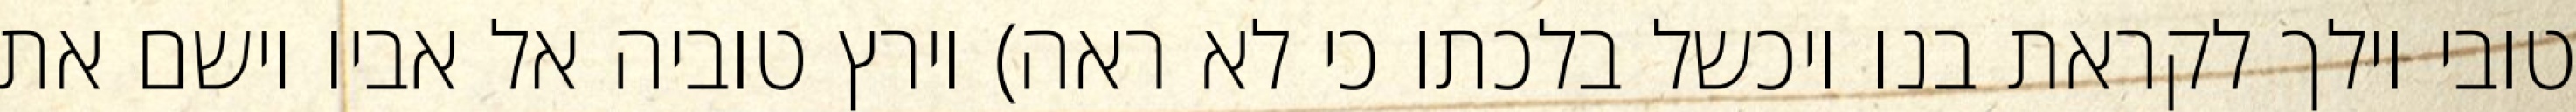
טובי וילך לקראת בנו ויכשל בלכתו כי לא ראה) וירץ טוביה אל אביו וישם את